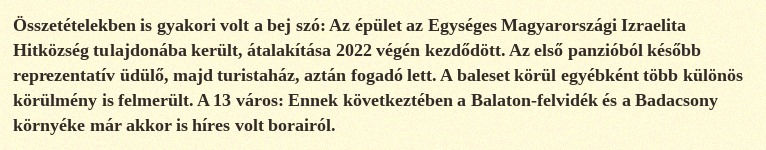
Összetételekben is gyakori volt a bej szó: Az épület az Egységes Magyarországi Izraelita Hitközség tulajdonába került, átalakítása 2022 végén kezdődött. Az első panzióból később reprezentatív üdülő, majd turistaház, aztán fogadó lett. A baleset körül egyébként több különös körülmény is felmerült. A 13 város: Ennek következtében a Balaton-felvidék és a Badacsony környéke már akkor is híres volt borairól.